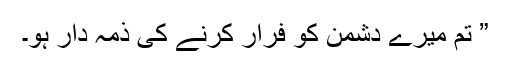
” تم میرے دشمن کو فرار کرنے کی ذمہ دار ہو۔